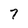
Character: 7